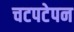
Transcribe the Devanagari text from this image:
चटपटेपन